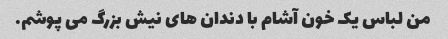
من لباس یک خون آشام با دندان های نیش بزرگ می پوشم.